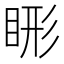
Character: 𬑖